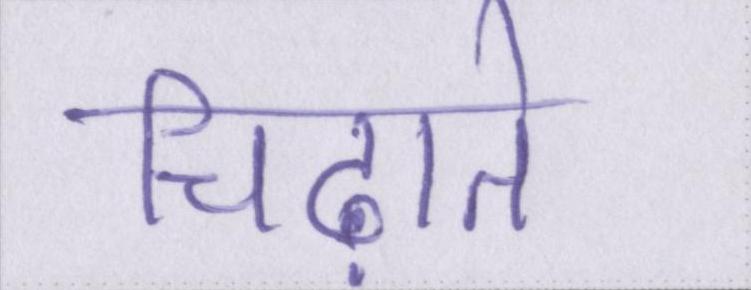
चिढ़ाते